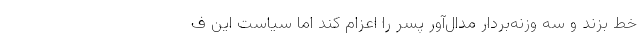
خط بزند و سه وزنه‌بردار مدال‌آور پسر را اعزام کند اما سیاست این ف